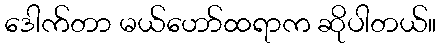
ဒေါက်တာ မယ်ဟော်ထရာက ဆိုပါတယ်။